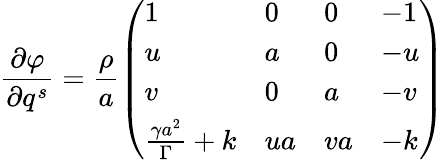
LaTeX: \frac{\partial\varphi}{\partial q^{s}}=\frac{\rho}{a}\left(\begin{array}{llll}{1}&{0}&{0}&{-1}\\ {u}&{a}&{0}&{-u}\\ {v}&{0}&{a}&{-v}\\ {\frac{\gamma a^{2}}{\Gamma}+k}&{ua}&{va}&{-k}\end{array}\right)